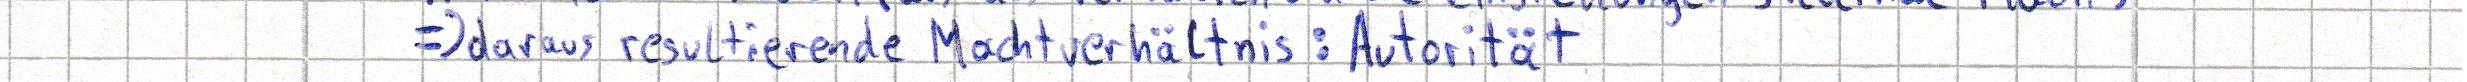
=> daraus resultierende Machtverhältnis: Autorität